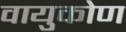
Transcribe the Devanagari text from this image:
वायुकोण